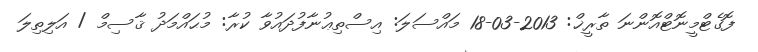
ފޮގެޓްމީނޮޓްއޮންނަ ތާރީޚް: 2013-03-18 މައްސަލަ: އިސްތިޢުނާފުދައުވާ ކުރާ: މުޙައްމަދު ޤާސިމް / އަލިތިލަ